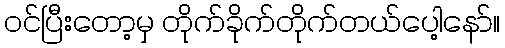
ဝင်ပြီးတော့မှ တိုက်ခိုက်တိုက်တယ်ပေါ့နော်။